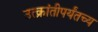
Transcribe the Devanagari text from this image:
उत्क्रांतीपर्यंतच्य